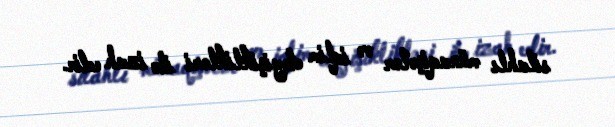
silahlı münaqişələr və iqlim dəyişiklikləri ilə izah edir.